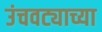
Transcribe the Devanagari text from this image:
उंचवट्याच्या